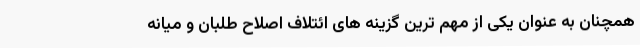
همچنان به عنوان یکی از مهم ترین گزینه های ائتلاف اصلاح طلبان و میانه